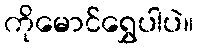
ကိုမောင်ရွှေပါပဲ။